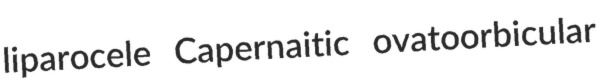
liparocele Capernaitic ovatoorbicular